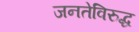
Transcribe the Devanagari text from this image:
जनतेविरुद्ध